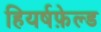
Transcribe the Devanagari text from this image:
हियर्षफ़ेल्ड